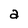
Character: a